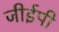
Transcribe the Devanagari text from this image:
जीईपी